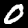
Label: 0